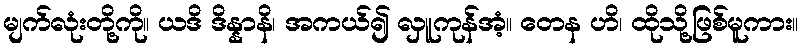
မျက်လုံးတို့ကို။ ယဒိ ဒိန္နာနိ၊ အကယ်၍ လှူကုန်အံ့။ တေန ဟိ၊ ထိုသို့ဖြစ်မူကား။